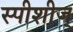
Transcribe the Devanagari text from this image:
स्पीशीज्